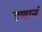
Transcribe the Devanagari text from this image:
गणानं